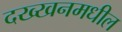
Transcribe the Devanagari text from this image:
दख्खनमधील